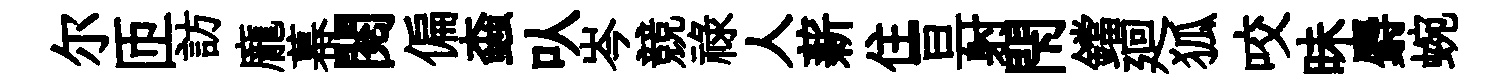
尔匝訪龐幕閱偏螙㕥岑競祿人薪住亘射閇鐺廻狐咬昧麝蜿